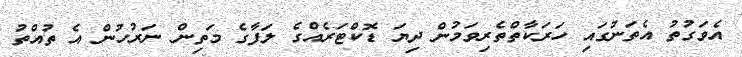
އެވަގުތު އެތަނުގައި ހަރަކާތްތެރިވަމުން ދިޔަ ޑޮކްޓަރެއްގެ ލަފާގެ މަތިން ނަރުހުން އެ ތުއްތު